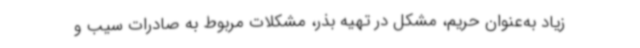
زیاد به‌عنوان حریم، مشکل در تهیه بذر، مشکلات مربوط به صادرات سیب و